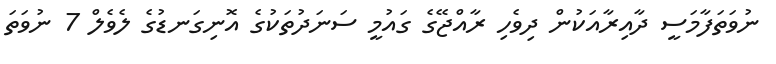
ނުވަތަފާމަސީ ދާއިރާއަކުން ދިވެހި ރާއްޖޭގެ ގައުމީ ސަނަދުތަކުގެ އޮނިގަނޑުގެ ލެވެލް 7 ނުވަތަ